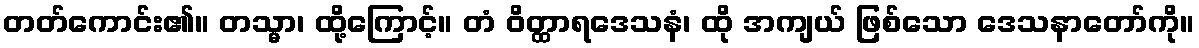
တတ်ကောင်း၏။ တသ္မာ၊ ထို့ကြောင့်။ တံ ဝိတ္ထာရဒေသနံ၊ ထို အကျယ် ဖြစ်သော ဒေသနာတော်ကို။